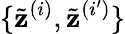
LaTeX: \{ \tilde{\mathbf{z}}^{(i)},\tilde{\mathbf{z}}^{(i^{\prime})}\}